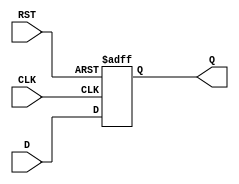
module IntermediateRegister #(
    parameter WIDTH = 8  // Specify the bit-width of the register
)(
    input wire [WIDTH-1:0] D,  // Data input
    input wire CLK,             // Clock input
    input wire RST,             // Reset input
    output reg [WIDTH-1:0] Q    // Data output
);

// Always block for synchronous behavior
always @(posedge CLK or posedge RST) begin
    if (RST) begin
        Q <= {WIDTH{1'b0}};  // Reset the register to 0
    end else begin
        Q <= D;              // Capture the input data on clock edge
    end
end

endmodule